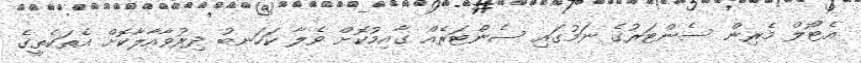
އެޓޯލް މެރިން ސެންޓަރުގެ ނަމުގައި ސެންޓަރެއް ގާއިމުކޮށް ވެލާ ކަހަނބު ދިރުވާއާލާކޮށް އެތަކެތީގެ